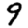
Digit: 9